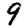
Digit: 9